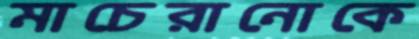
মাচেরানোকে